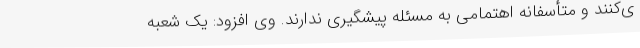
ی‌کنند و متأسفانه اهتمامی به مسئله پیشگیری ندارند. وی افزود: یک شعبه